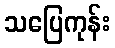
သပြေကုန်း